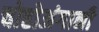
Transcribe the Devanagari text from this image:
चोहोअंगानी